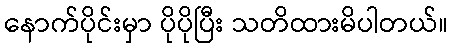
နောက်ပိုင်းမှာ ပိုပိုပြီး သတိထားမိပါတယ်။